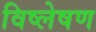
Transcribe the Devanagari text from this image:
विष्‍लेषण